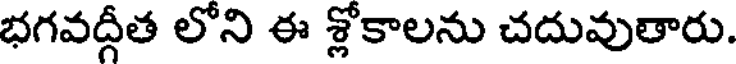
భగవద్గీత లోని ఈ శ్లోకాలను చదువుతారు.